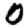
Digit: 0